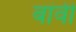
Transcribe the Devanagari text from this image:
बांवी